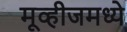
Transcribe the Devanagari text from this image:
मूव्हीजमध्ये